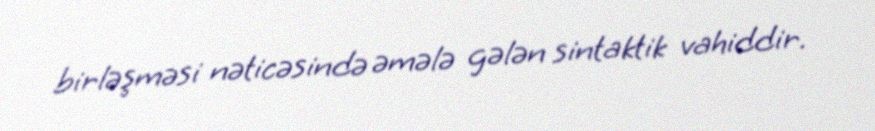
birləşməsi nəticəsində əmələ gələn sintaktik vahiddir.